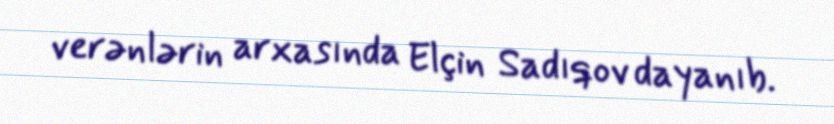
verənlərin arxasında Elçin Sadıqov dayanıb.